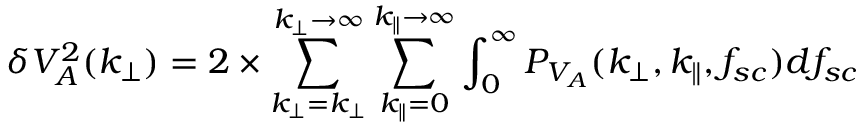
\delta V _ { A } ^ { 2 } ( k _ { \perp } ) = 2 \times \sum _ { k _ { \perp } = k _ { \perp } } ^ { k _ { \perp } \rightarrow \infty } \sum _ { k _ { \parallel } = 0 } ^ { k _ { \parallel } \rightarrow \infty } \int _ { 0 } ^ { \infty } P _ { V _ { A } } ( k _ { \perp } , k _ { \parallel } , f _ { s c } ) d f _ { s c }